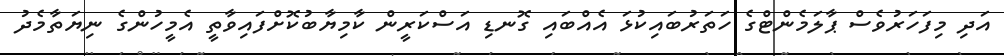
އަދި މިފަހަރުވެސް ޕާލަމެންޓްގެ ހަތަރުބައިކުޅަ އެއްބައި ގޮނޑި އަސްކަރީން ކާމިޔާބުކޮށްފައިވާތީ އެމީހުންގެ ނިޔަތާމެދު